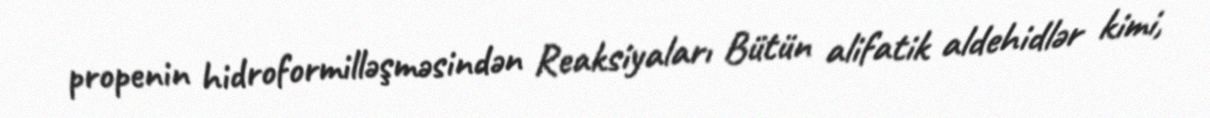
propenin hidroformilləşməsindən Reaksiyaları Bütün alifatik aldehidlər kimi,